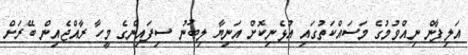
އަލިފާން ނިއްވުމުގެ މަސައްކަތުގައި އުޅެނިކޮށް އަނިޔާ ލިބުނު ސިފައިންގެ މީހާ ރާއްޖެއިން ބޭރަށް